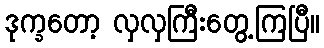
ဒုက္ခတော့ လှလှကြီးတွေ့ကြပြီ။